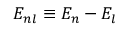
E _ { n l } \equiv E _ { n } - E _ { l }